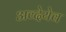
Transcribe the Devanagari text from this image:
अव्देयेव